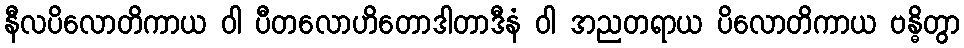
နီလပိလောတိကာယ ဝါ ပီတလောဟိတောဒါတာဒီနံ ဝါ အညတရာယ ပိလောတိကာယ ဗန္ဓိတွာ